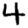
Digit: 4